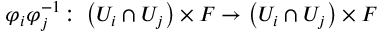
\varphi _ { i } \varphi _ { j } ^ { - 1 } \colon \left( U _ { i } \cap U _ { j } \right) \times F \to \left( U _ { i } \cap U _ { j } \right) \times F